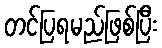
တင်ပြရမည်ဖြစ်ပြီး